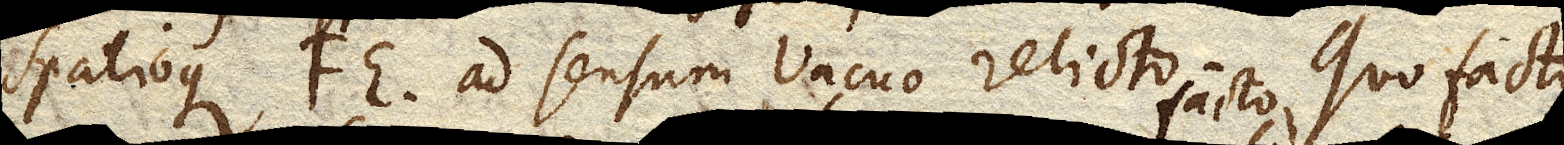
spatioque FE ad sensum Vacuo relicto. Quo facto